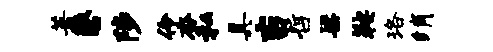
著磬陟伶杳私具吉哲梁鞍珞绡